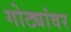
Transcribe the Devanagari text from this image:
गोट्यांवर